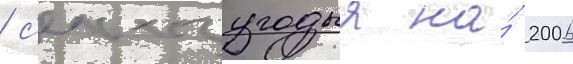
/ с'ельхозугодья на́ 2006